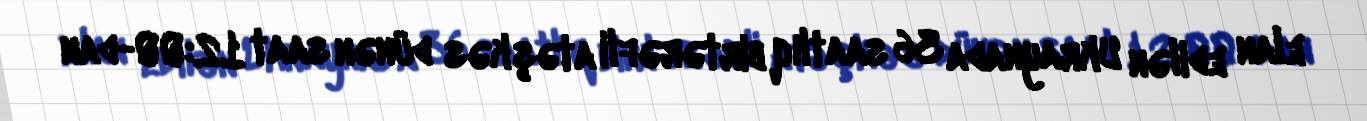
elan edilən Ukraynada 36 saatlıq birtərəfli atəşkəs dünən saat 12:00-dan